Civil Veterinary Department. Madras. Admin. report 1926-33 - 1926-1933
Year: 1926
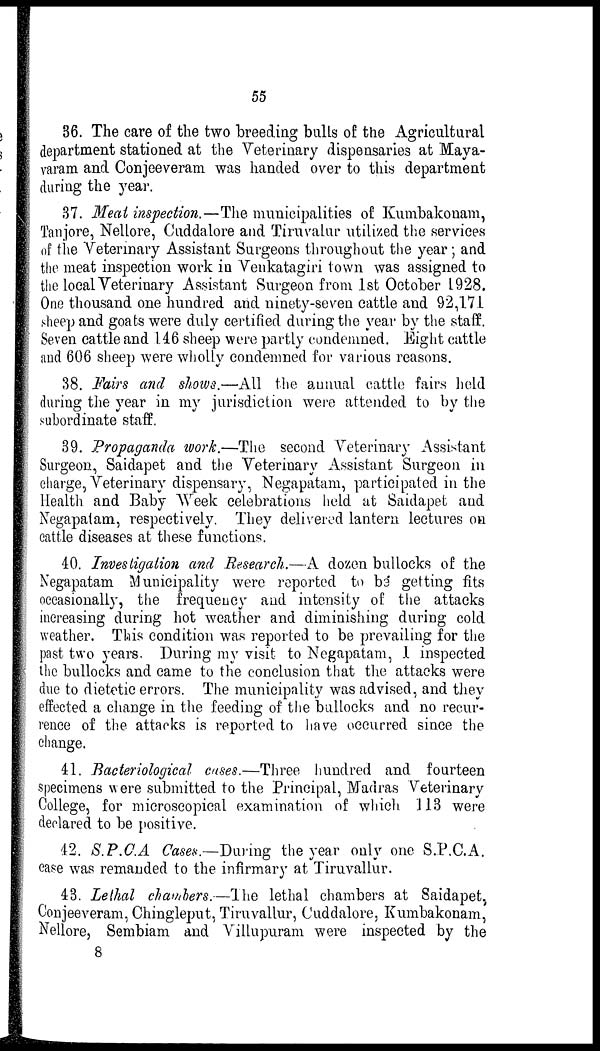
55
36. The care of the two breeding bulls of the Agricultural
department stationed at the Veterinary dispensaries at Maya-
varam and Conjeeveram was handed over to this department
during the year.
37. Meat inspection.—The municipalities of Kumbakonam,
Tanjore, Nellore, Cuddalore and Tiruvalur utilized the services
of the Veterinary Assistant Surgeons throughout the year; and
the meat inspection work in Veukatagiri town was assigned to
the local Veterinary Assistant Surgeon from 1st October 1928.
One thousand one hundred and ninety-seven cattle and 92,171
sheep and goats were duly certified during the year by the staff.
Seven cattle and 146 sheep were partly condemned. Eight cattle
and 606 sheep were wholly condemned for various reasons.
38. Fairs and shows.—All the annual cattle fairs held
during the year in my jurisdiction were attended to by the
subordinate staff.
39. Propaganda work,—The second Veterinary Assistant
Surgeon, Saidapet and the Veterinary Assistant Surgeon in
charge, Veterinary dispensary, Negapatam, participated in the
Health and Baby Week celebrations held at Saidapet and
Negapatam, respectively. They delivered lantern lectures on
cattle diseases at these functions.
40. Investigation and Research.—A dozen bullocks of the
Negapatam Municipality were reported to be getting fits
occasionally, the frequency and intensity of the attacks
increasing during hot weather and diminishing during cold
weather. This condition was reported to be prevailing for the
past two years. During my visit to Negapatam, 1 inspected
the bullocks and came to the conclusion that the attacks were
due to dietetic errors. The municipality was advised, and they
effected a change in the feeding of the bullocks and no recur-
rence of the attacks is reported to have occurred since the
change.
41. Bacteriological cases.—Three hundred and fourteen
specimens were submitted to the Principal, Madras Veterinary
College, for microscopical examination of which 113 were
declared to be positive.
42. S.P.C.A Cases.—During the year only one S.P.C.A.
case was remanded to the infirmary at Tiruvallur.
43. Lethal chambers.—The lethal chambers at Saidapet,
Conjeeveram, Chingleput, Tiruvallur, Cuddalore, Kumbakonam,
Nellore, Sembiam and Villupuram were inspected by the
8